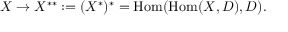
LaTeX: X \to X ^ { * * } : = ( X ^ { * } ) ^ { * } = \operatorname { H o m } ( \operatorname { H o m } ( X , D ) , D ) .